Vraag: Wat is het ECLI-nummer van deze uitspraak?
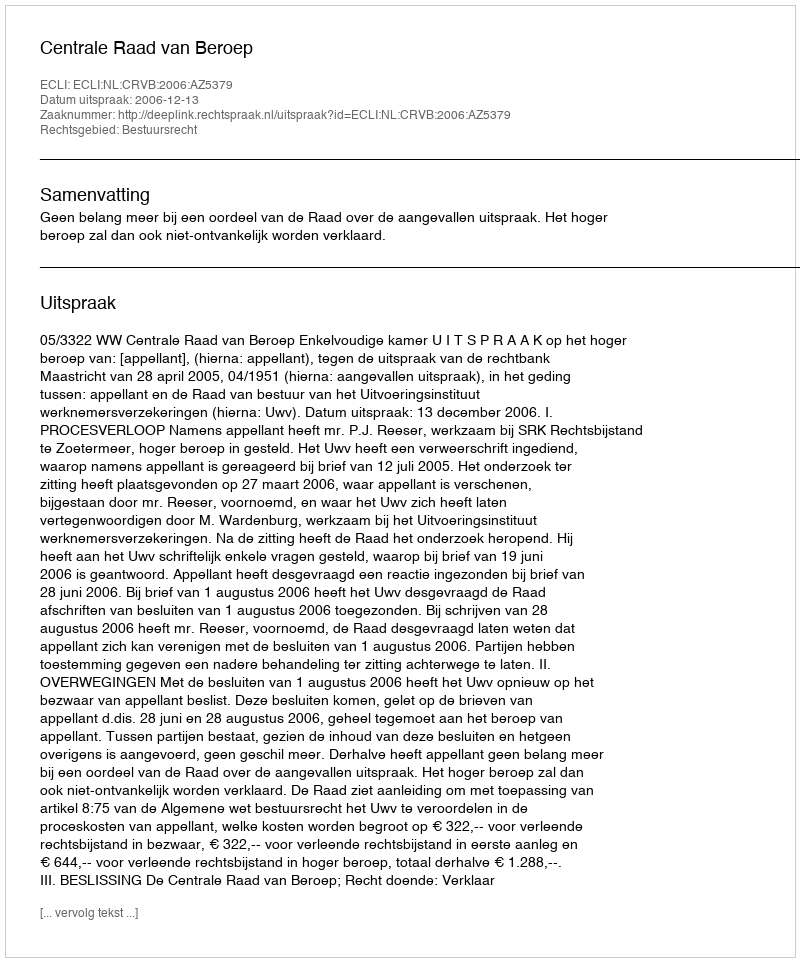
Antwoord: ECLI:NL:CRVB:2006:AZ5379